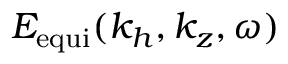
E _ { \mathrm { e q u i } } ( k _ { h } , k _ { z } , \omega )